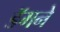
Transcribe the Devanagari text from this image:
डॅमने